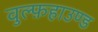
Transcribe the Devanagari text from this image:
वुल्फ़हाउण्ड